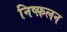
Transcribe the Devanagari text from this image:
निष्फ़लन